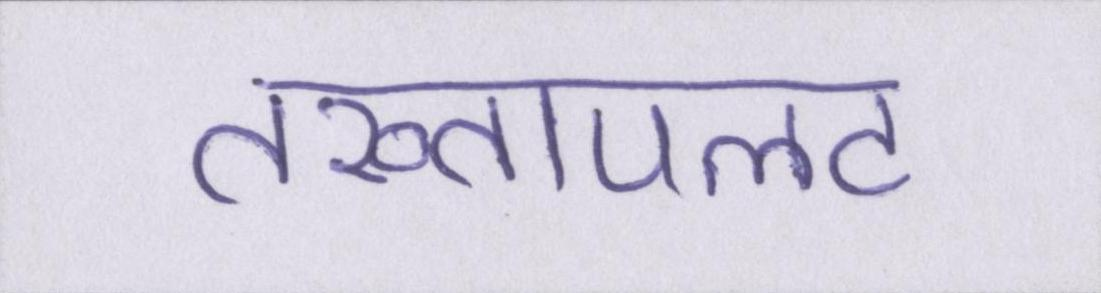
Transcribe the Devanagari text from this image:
तख्तापलट